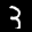
Label: 3